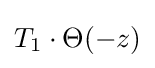
T_{1}\cdot \Theta (-z)